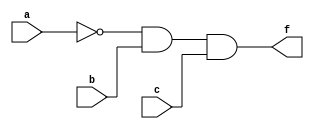
`timescale 1ns / 1ps
//////////////////////////////////////////////////////////////////////////////////
// Company: 
// Engineer: 
// 
// Design Name: 
// Module Name: yu4
// Project Name: 
// Target Devices: 
// Tool Versions: 
// Description: 
// 
// Dependencies: 
// 
// Revision:
// Revision 0.01 - File Created
// Additional Comments:
// 
//////////////////////////////////////////////////////////////////////////////////


module yu4(
    input a,
    input b,
    input c,
    output f
    );
    assign f= (~a)&b&c;
endmodule